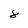
Character: 8